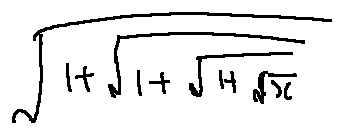
\sqrt { 1 + \sqrt { 1 + \sqrt { 1 + \sqrt { x } } } }